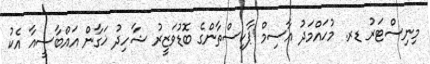
މިނިސްޓަރު ޑރ. މުހައްމަދު އާސިމް ޕާކިސްތާންގެ ބޮޑުވަޒީރު ޝާހިދު ޚަގާން އައްބާސީއާ އެކު